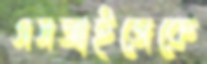
এসআইজেকে